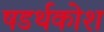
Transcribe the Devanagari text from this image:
षडर्थकोश